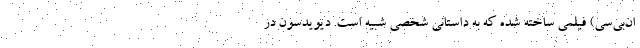
ان‌بی‌سی) فیلمی ساخته شده که به داستانی شخصی شبیه است. دیویدسون در